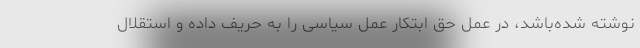
نوشته شده‌باشد، در عمل حق ابتکار عمل سیاسی را به حریف داده و استقلال